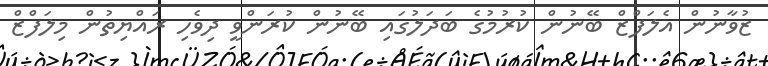
ޒުވާނުން އެލަފްޒް ބޭނުން ކުރުމުގެ ބަދަލުގައި ބޭނުން ކުރަންވީ ދިވެހި ރައްޔިތުން މިލަފްޒް